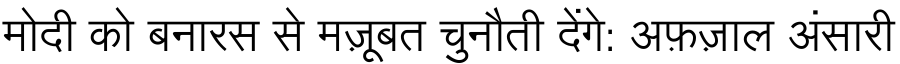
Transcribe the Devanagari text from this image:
मोदी को बनारस से मज़ूबत चुनौती देंगे: अफ़ज़ाल अंसारी